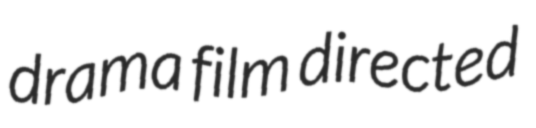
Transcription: drama film directed